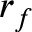
r _ { f }